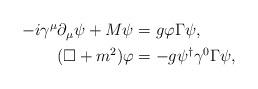
LaTeX: \begin{align*}\begin{aligned}-i\gamma^\mu\partial_\mu\psi+M\psi &= g\varphi\Gamma\psi , \\(\Box+m^2)\varphi &= -g\psi^\dagger\gamma^0\Gamma\psi,\end{aligned}\end{align*}